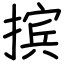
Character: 摈